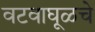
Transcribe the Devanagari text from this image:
वटवाघूळचे